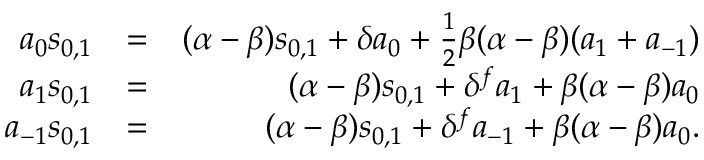
\begin{array} { r l r } { a _ { 0 } s _ { 0 , 1 } } & { = } & { ( \alpha - \beta ) s _ { 0 , 1 } + \delta a _ { 0 } + \frac { 1 } { 2 } \beta ( \alpha - \beta ) ( a _ { 1 } + a _ { - 1 } ) } \\ { a _ { 1 } s _ { 0 , 1 } } & { = } & { ( \alpha - \beta ) s _ { 0 , 1 } + \delta ^ { f } a _ { 1 } + \beta ( \alpha - \beta ) a _ { 0 } } \\ { a _ { - 1 } s _ { 0 , 1 } } & { = } & { ( \alpha - \beta ) s _ { 0 , 1 } + \delta ^ { f } a _ { - 1 } + \beta ( \alpha - \beta ) a _ { 0 } . } \end{array}